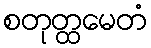
စတုတ္ထမေတံ